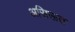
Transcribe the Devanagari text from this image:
असिऊत